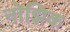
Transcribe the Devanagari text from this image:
नोझिक